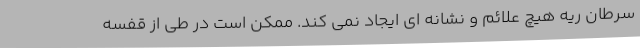
سرطان ریه هیچ علائم و نشانه ای ایجاد نمی کند. ممکن است در طی از قفسه